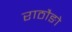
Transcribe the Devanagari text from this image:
राठौङो